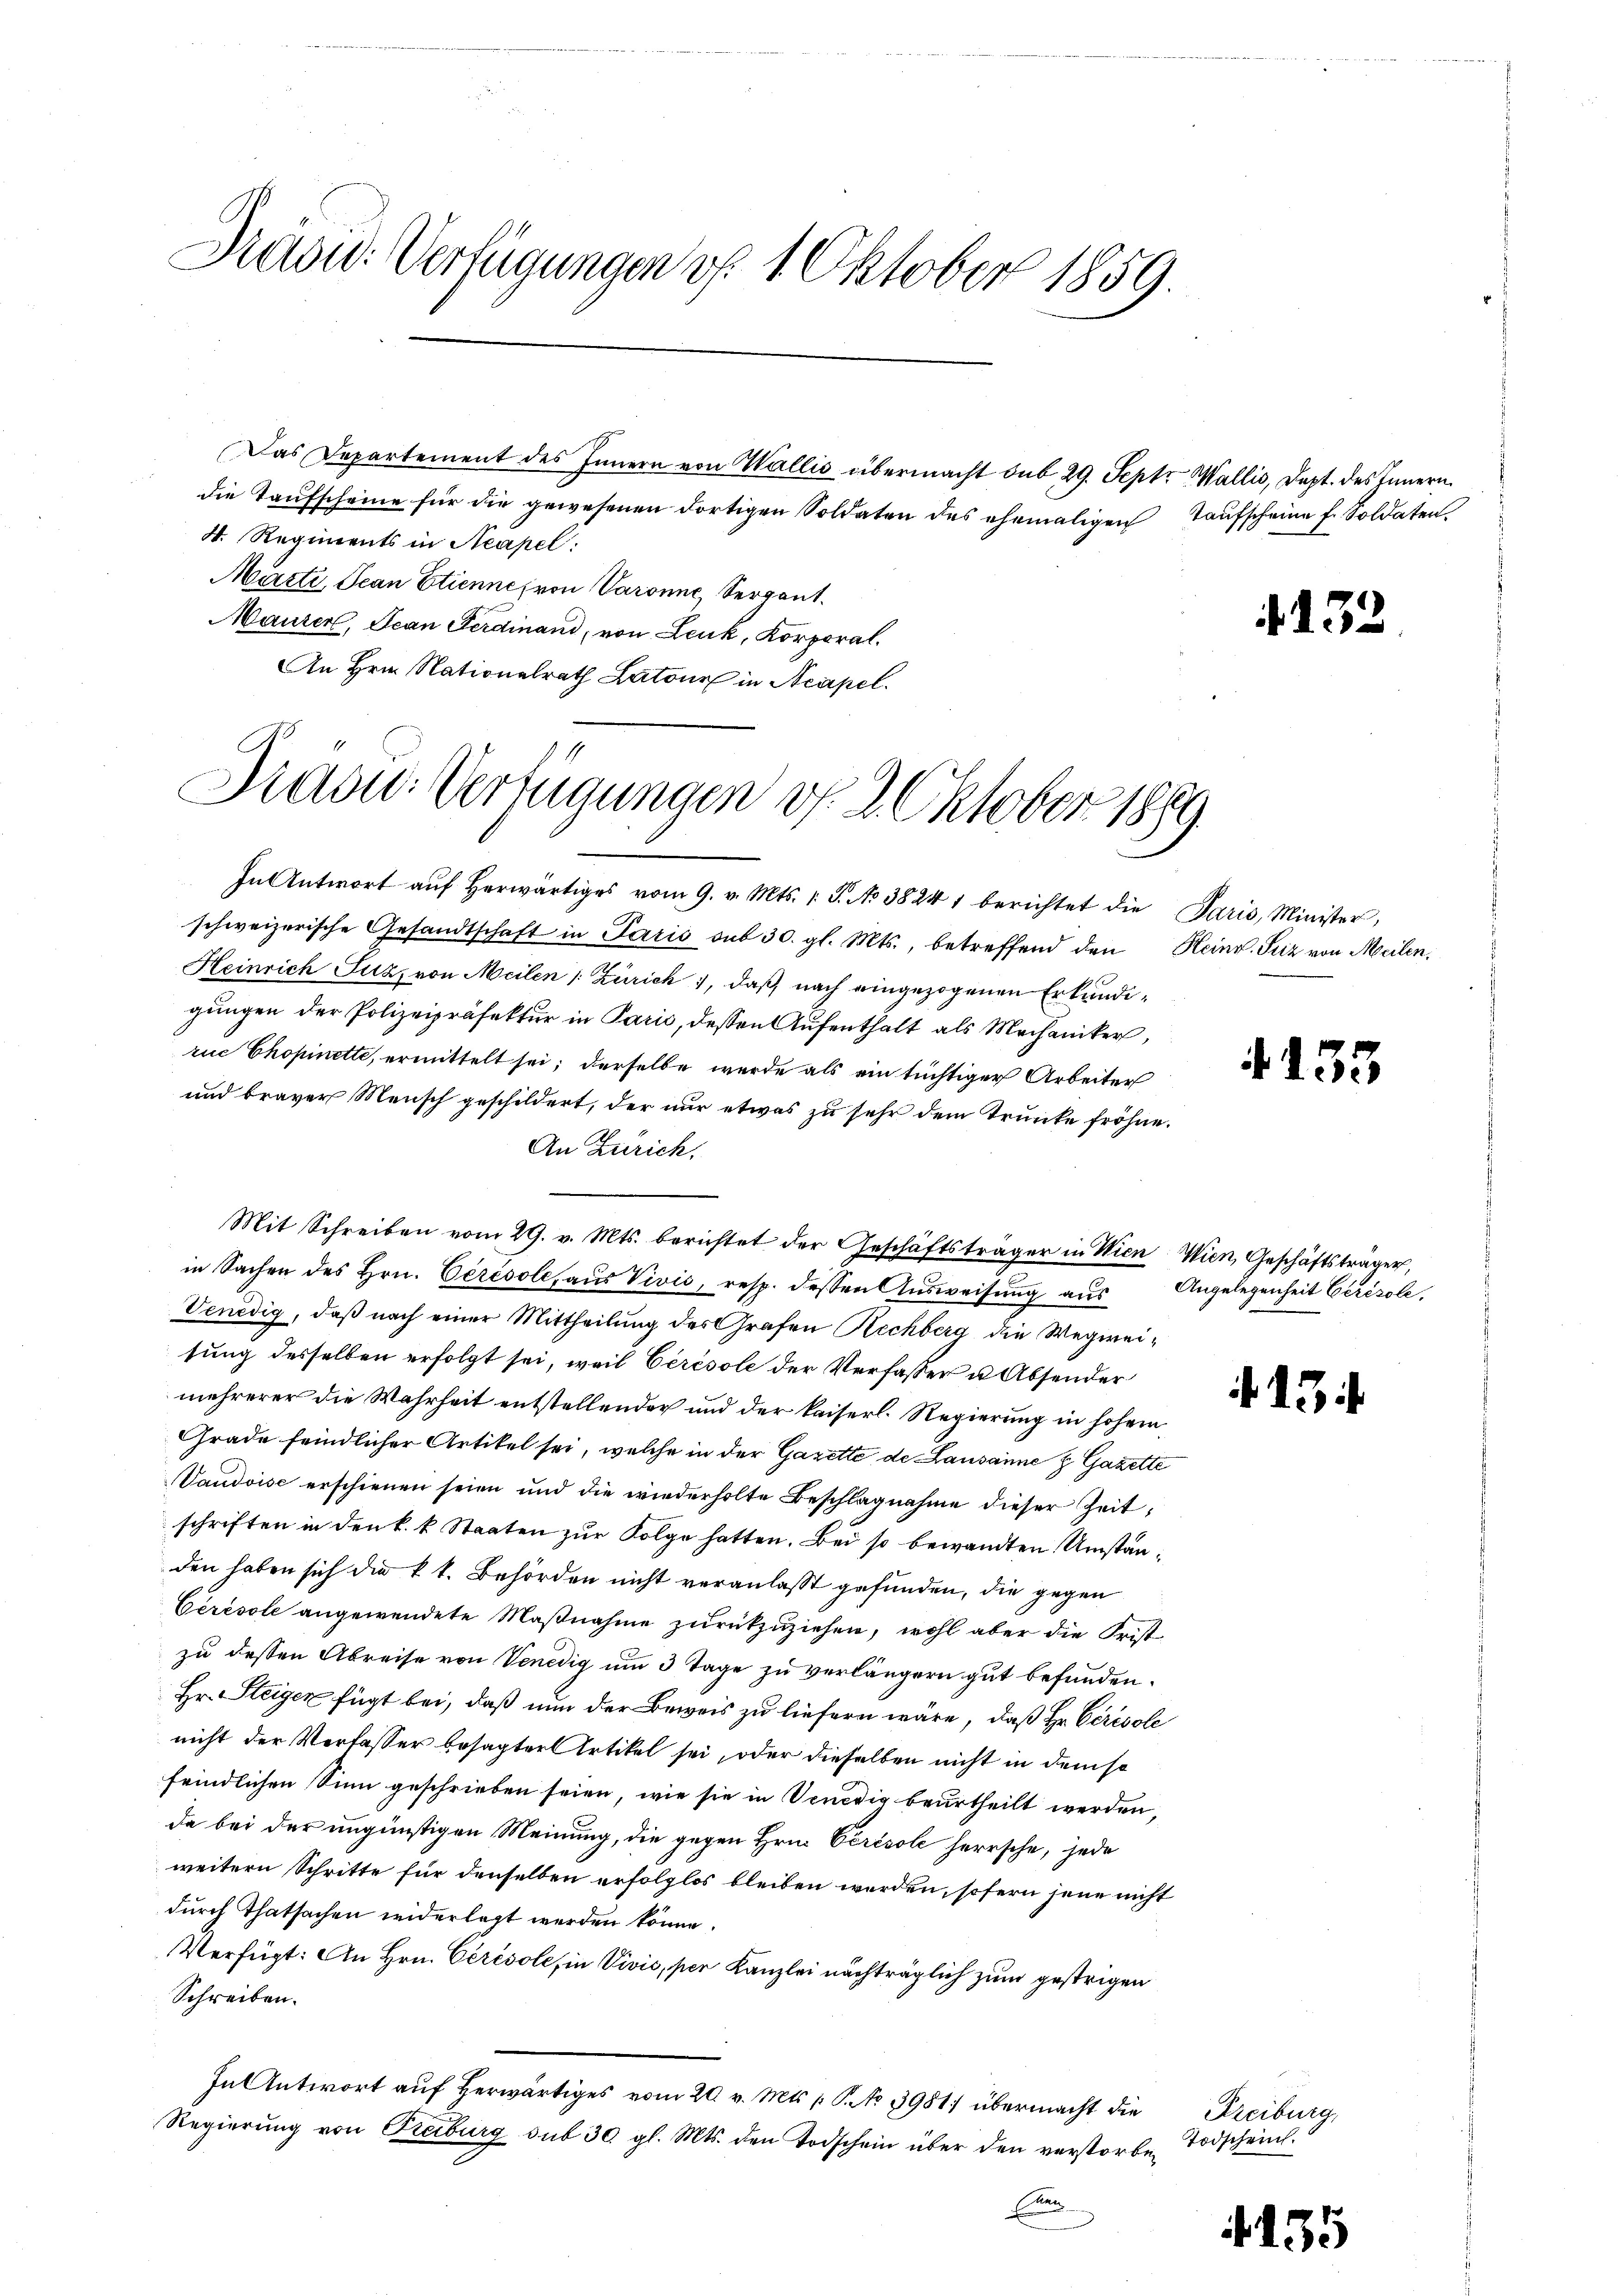
David: Verfügungen v. 1. Oktober 1859.

Das Departement des Innern von Wallis übermacht sub 29. Sept. Wallis, Dept. des Innern
die Taufscheine für die gewesenen dortigen Soldaten des ehemaligen Taufscheine f. Soldaten
4. Regiments in Neapel.
Märte, Jean Etienne, von Varonne Sergant.
Maurer, Jean Ferdinand, von Lenk, Korporal.
An Hrn. Nationalrath Latour in Neapel.

Dradw. Verfügungen v. 2. Oktober 1890.

schweizerische Gesandtschaft in Paris sub 30. gl. Mts., betreffend den Heinr. Suz von Meilen.
Heinrich Suz, von Meilen (Zürich, daß nach eingezogenen Erkundigungen der Polizeipräfektur in Parić, dessen Aufenthalt als Mechaniker,
rue Chopinette, ermittelt sei; derselbe wurde als ein tüchtiger Arbeiter
und braver Mensch geschildert, der nur etwas zu sehr dem Trunke fröhne.
An Zürich.
Mit Schreiben vom 29. v. Mts. berichtet der Geschäftsträger in Wien Wien, Geschäftsträger,
in Sachen des Hrn. Cérésole, aŭs Vivis, resp. dessen Aŭsweisŭng aŭs Angelegenheit Gerisole,
Venedig, daß nach einer Mittheilung des Grafen Rechberg die Wegweisung desselben erfolgt sei, weil Cerésole der Verfasser u. Absender
mehrerer die Wahrheit entstellender und der kaiserl. Regierung in hohem
Grade feindlicher Artikel sei, welche in der Gazette de Lausanne & Gazette
Vaudoise erschienen seien und die wiederholte Beschlagnahme dieser Zeit,
schriften in den k. k. Staaten zur Folge hatten. Bei so bewandten Umständen haben sich die kk. Behörden nicht veranlaßt gefunden, die gegen
Ceresole angewendete Maßnahme zurückzuziehen, wohl aber die Frist
zu dessen Abreise von Venedig um 3 Tage zu verlängern gut befunden.
Hr. Steiger fügt bei, daß nun der Beweis zu liefern wäre, daß Hr. Cérésole
nicht der Verfasser besagter Artikel sei, oder dieselben nicht in dem so
frindlichen Sinn geschrieben seien, wie sie in Venedig beurtheilt werden,
da bei der ungünstigen Meinung, die gegen Hrn. Cérésole herrsche, jede
weitern Schritte für denselben erfolglos bleiben werden, sofern jene nicht
durch Thatsachen widerlegt werden könne.
Verfügt: An Hrn. Cérésole, in Vivić, per Kanzlei nachträglich zum gestrigen
Schreiben.
In Antwort auf herwärtiges vom 20. v. Mts. 1 P. No 3981) übermacht die
Regierung von Freiburg sub 30 gl. Mts. den Todschein über den verstorben Todscheint.
E

In Antwort aŭf herwärtiges vom 9. v. Mts. 1. J. No 38241 berichtet die Paris, Minister,

4.3.

4. 155

f. 134.

Freiburg,

135